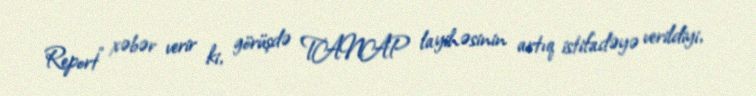
Report" xəbər verir ki, görüşdə TANAP layihəsinin artıq istifadəyə verildiyi,